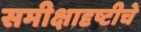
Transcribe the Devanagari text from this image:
समीक्षादृष्टीचे